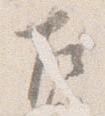
左